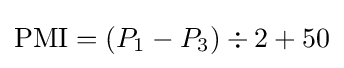
{\mbox{PMI}}=(P_{1}-P_{3})\div 2+50